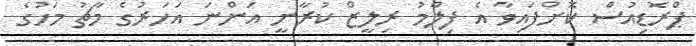
ޕްރޮޑިއުސް ކޮށްފައިވާ އެ ފިލްމު ރިލީޒް ކުރާނީ އަންނަ އަހަރުގެ މާޗު މަހުގެ